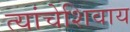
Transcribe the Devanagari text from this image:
त्यांचेशिवाय